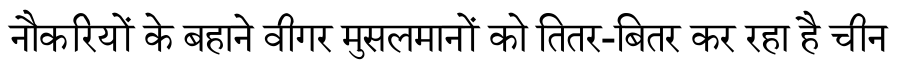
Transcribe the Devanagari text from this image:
नौकरियों के बहाने वीगर मुसलमानों को तितर-बितर कर रहा है चीन